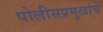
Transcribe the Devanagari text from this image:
पोलीसप्रमुखांचे